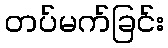
တပ်မက်ခြင်း